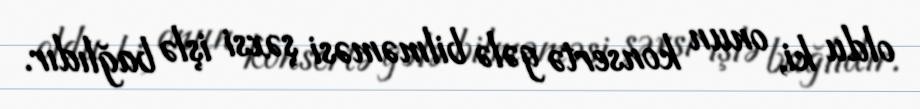
oldu ki, onun konsertə gələ bilməməsi şəxsi işlə bağlıdır.